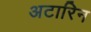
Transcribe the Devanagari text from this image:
अटारिन